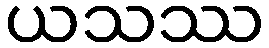
ယသဿ